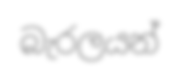
බැරලයන්